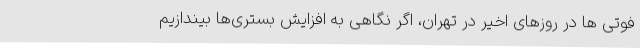
فوتی ها در روزهای اخیر در تهران، اگر نگاهی به افزایش بستری‌ها بیندازیم